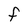
Character: f